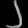
Digit: ၂